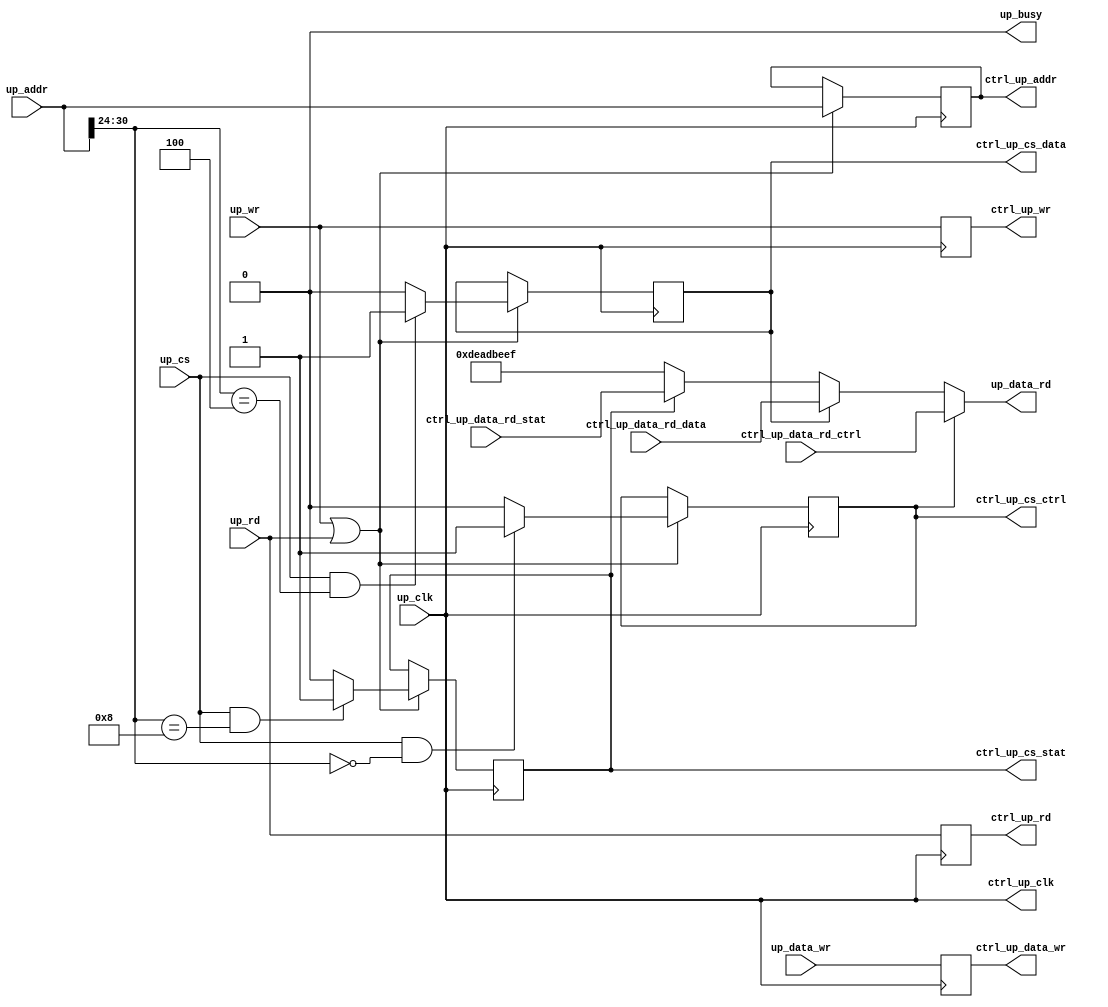
/*
 *
 */

`timescale 1ns/1ns
module ctrl_cpu (

    input  wire         up_clk,
    input  wire         up_cs,
    input  wire         up_wr,
    input  wire         up_rd,
    input  wire [32-1: 0] up_addr,
    input  wire [31: 0] up_data_wr,
    output wire [31: 0] up_data_rd,
    output wire         up_busy,

    output wire         ctrl_up_clk,
    output reg          ctrl_up_cs_stat,
    output reg          ctrl_up_cs_data,
    output reg          ctrl_up_cs_ctrl,
    output reg          ctrl_up_wr,
    output reg          ctrl_up_rd,
    output reg  [32-1: 0] ctrl_up_addr,
    output reg  [31: 0] ctrl_up_data_wr,
    input  wire [31: 0] ctrl_up_data_rd_stat,
    input  wire [31: 0] ctrl_up_data_rd_data,
    input  wire [31: 0] ctrl_up_data_rd_ctrl
);

parameter CONST_CS_CTRL = 8'h00;
parameter CONST_CS_DATA = 8'h04;
parameter CONST_CS_STAT = 8'h08;
parameter CONST_CS_XXXX = 8'h0c;

wire ctrl_up_cs_ctrl_int = (up_cs && up_addr[32-2:32-8]==CONST_CS_CTRL[6:0])? 1'b1: 1'b0;  // rd 00xx_xxxx
wire ctrl_up_cs_data_int = (up_cs && up_addr[32-2:32-8]==CONST_CS_DATA[6:0])? 1'b1: 1'b0;  // rd 04xx_xxxx
wire ctrl_up_cs_stat_int = (up_cs && up_addr[32-2:32-8]==CONST_CS_STAT[6:0])? 1'b1: 1'b0;  // rd 08xx_xxxx

assign ctrl_up_clk = up_clk;

always @(posedge up_clk) begin
  if (up_wr || up_rd) begin
    ctrl_up_addr    <= up_addr;
    ctrl_up_cs_ctrl <= ctrl_up_cs_ctrl_int;
    ctrl_up_cs_data <= ctrl_up_cs_data_int;
    ctrl_up_cs_stat <= ctrl_up_cs_stat_int;
  end
end

always @(posedge up_clk) begin
  ctrl_up_wr      <= up_wr;
  ctrl_up_rd      <= up_rd;
  ctrl_up_data_wr <= up_data_wr;
end

assign up_data_rd =  ctrl_up_cs_ctrl? ctrl_up_data_rd_ctrl:
                    (ctrl_up_cs_data? ctrl_up_data_rd_data:
                    (ctrl_up_cs_stat? ctrl_up_data_rd_stat: 32'hdeadbeef));
    

assign up_busy = 1'b0;

endmodule